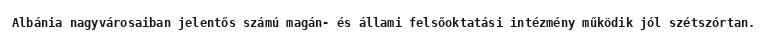
Albánia nagyvárosaiban jelentős számú magán- és állami felsőoktatási intézmény működik jól szétszórtan.